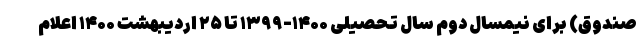
صندوق) برای نیمسال دوم سال تحصیلی ۱۴۰۰-۱۳۹۹ تا ۲۵ اردیبهشت ۱۴۰۰ اعلام